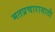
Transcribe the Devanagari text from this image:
मतप्रचारासाठी